Indian journal of veterinary science and animal husbandry - Volumes 24-25, 1954-1955
Year: 1954
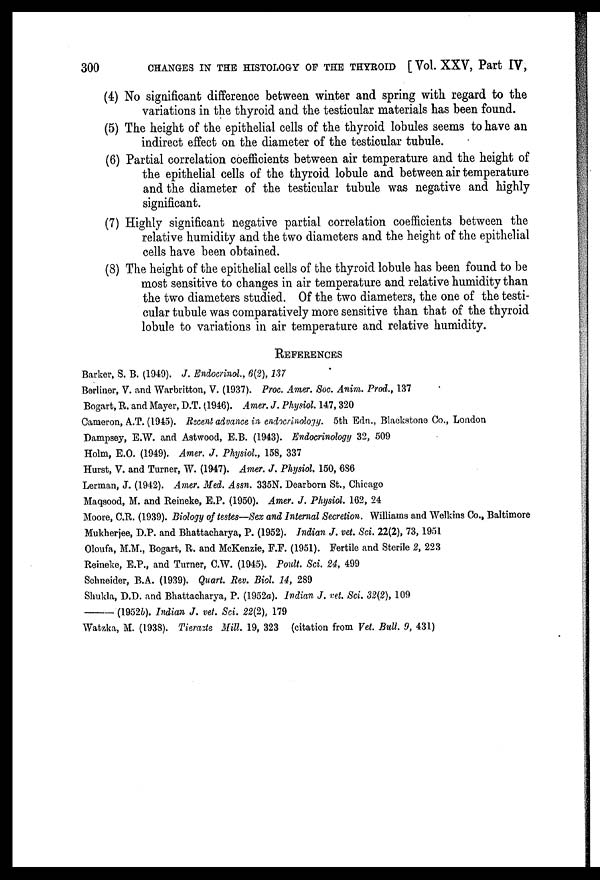
300
CHANGES IN THE HISTOLOGY OF THE THYROID [ Vol. XXV, Part IV,
(4) No significant difference between winter and spring with regard to the
variations in the thyroid and the testicular materials has been found.
(5) The height of the epithelial cells of the thyroid lobules seems to have an
indirect effect on the diameter of the testicular tubule.
(6) Partial correlation coefficients between air temperature and the height of
the epithelial cells of the thyroid lobule and between air temperature
and the diameter of the testicular tubule was negative and highly
significant.
(7) Highly significant negative partial correlation coefficients between the
relative humidity and the two diameters and the height of the epithelial
cells have been obtained.
(8) The height of the epithelial cells of the thyroid lobule has been found to be
most sensitive to changes in air temperature and relative humidity than
the two diameters studied. Of the two diameters, the one of the testi-
cular tubule was comparatively more sensitive than that of the thyroid
lobule to variations in air temperature and relative humidity.
REPERENCES
Barker, S. B. (1949). J. Endocrinol., 6(2), 137
Berliner, V. and Warbritton, V. (1937). Proc. Amer. Soc. Anim. Prod., 137
Bogart, R. and Mayer, D.T. (1946). Amer. J. Physiol. 147, 320
Cameron, A.T. (1945). Recent advance in endocrinology. 5th Edn., Blackstone Co., London
Dampsey, E.W. and Astwood, E.B. (1943). Endocrinology 32, 509
Holm, E.O. (1949). Amer. J. Physiol., 158, 337
Hurst, V. and Turner, W. (1947). Amer. J. Physiol. 150, 686
Lerman, J. (1942). Amer. Med. Assn. 335N. Dearborn St., Chicago
Maqsood, M. and Reineke, E.P. (1950). Amer. J. Physiol. 162, 24
Moore, C.R. (1939). Biology of testes—Sex and Internal Secretion. Williams and Welkins Co., Baltimore
Mukherjee, D.P. and Bhattacharya, P. (1952). Indian J. vet. Sci. 22(2), 73, 1951
Oloufa, M.M., Bogart, R. and McKenzie, F.F. (1951). Fertile and Sterile 2, 223
Reineke, E.P., and Turner, C.W. (1945). Poult. Sci. 24, 499
Schneider, B.A. (1939). Quart. Rev. Biol. 14, 289
Shukla, D.D. and Bhattacharya, P. (1952a). Indian J. vet. Sci. 32(2), 109
—(1952b).
Indian J. vet. Sci. 22(2), 179
Watzka, M. (1938). Tierazte Mill. 19, 323 (citation from Vet. Bull. 9, 431)